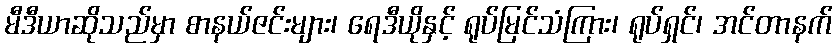
မီဒီယာဆိုသည်မှာ စာနယ်ဇင်းများ၊ ရေဒီယိုနှင့် ရုပ်မြင်သံကြား၊ ရုပ်ရှင်၊ အင်တာနက်